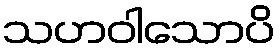
သဟဝါသောပိ